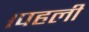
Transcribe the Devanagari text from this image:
।पहली